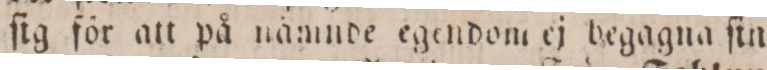
ſig för att på nämnde egendom ej begagna ſin